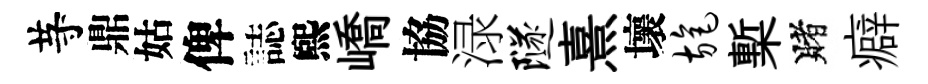
䒭鼎姑俾誌煕嶠協渌隧熹壞旄槧賭癖